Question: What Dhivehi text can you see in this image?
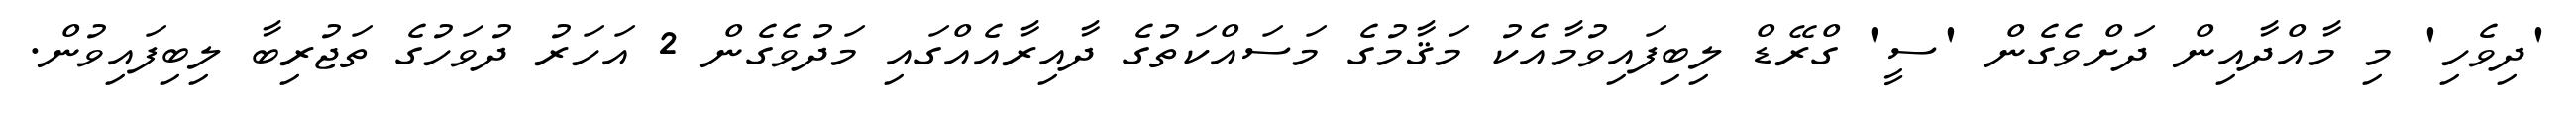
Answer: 'ދިވެހި' މި މާއްދާއިން ދަށްވެގެން 'ސީ' ގްރޭޑް ލިބިފައިވުމާއެކު މަޤާމުގެ މަސައްކަތުގެ ދާއިރާއެއްގައި މަދުވެގެން 2 އަހަރު ދުވަހުގެ ތަޖުރިބާ ލިބިފައިވުން.